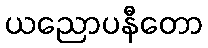
ယညောပနီတော